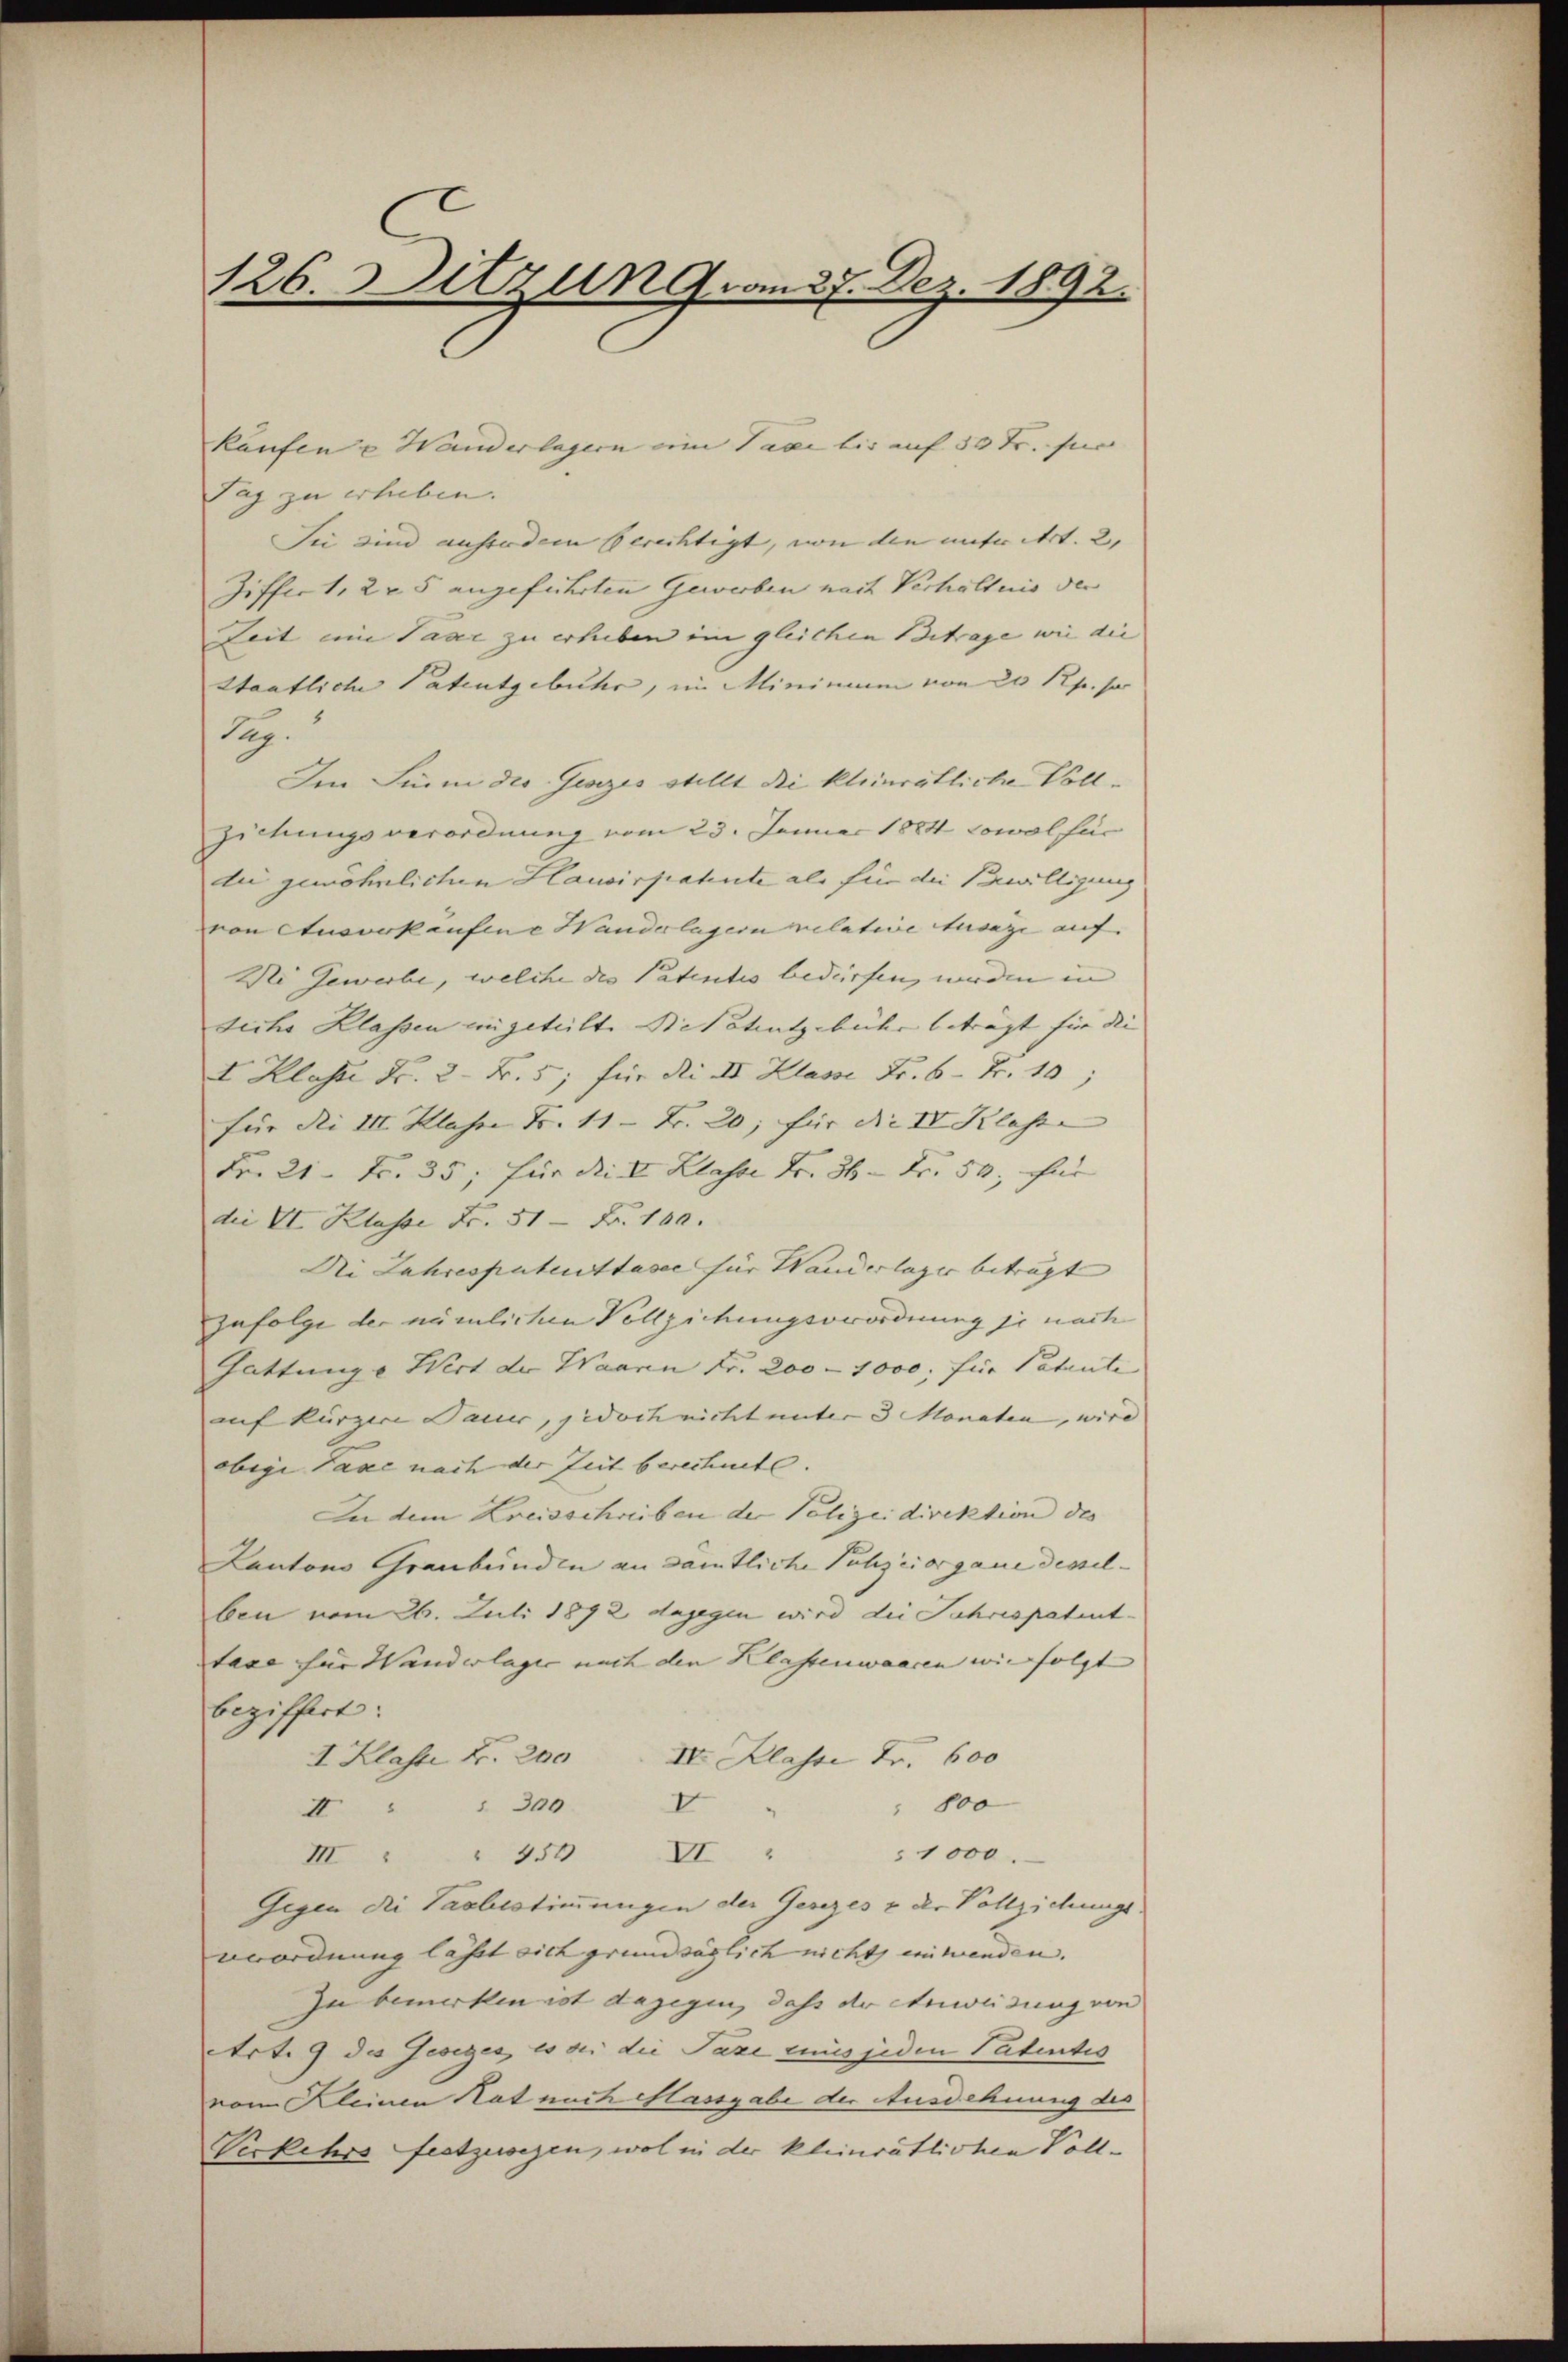
126. Ditzen 9. am 27. Dez. 1892.

kaufen u Wanderlagern ein Taxe bis auf 50 Fr. für
Tag zu erheben.
Sie sind auszudem berechtigt, von den unter Art. 2,
Ziffer 1, 2 u. 5 angeführten Gewerben nach Verhältnis der
Zeit eine Taxe zu erheben im gleichen Betrage wie die
Staatliche Patentgebühr, im Minimum von 20 Rp. so
Sep.
Im Sinne die Gesezes stellt die kleinrätliche Voll¬
Ziehungsverordnung vom 23. Januar 1884 sowol für
dii gewöhnlichen Hausirpahnte als für die Bewilligung
von Ausverkaufene Handerlagern relative Ausage auf. |
Wi Gewerbe, welche die Patentis bedürfen, werden in |
Siche Klassen eingeteilte Stitatentgebühr beträgt für die |
I. Klasse Fr. 2. Fr. 5; für di II Klasse Fr. 6 Fr. 10,
für die III. Klasse Fr. 11 - Fr. 20, für die IV Klasse |
Fr. 21. Fr. 35; für die I Klasse Fr. 36 Fr. 50, für
die VI. Klasse Fr. 51 - Fr. 100.
Di Jahrespatenttasie für Wanderlager beträgt |
Zufolge der nämlichen Vollziehungsverordnung je nach
Gattunge Wirst der Waaren Fr. 200 - 1000, für Patente
auf kürzere Sauer, jedoch nicht unter 3 Monaten, wird
obige Taxe nach der Zeit berechnete. |
In dem Kreisschreiben der Polizeidirektion des
Lantons Graubünden an damtliche Puchzeiorgane desselben vom 26. Juli 1872 dagegen wird die Jahrespatent-
taxe für Wanderlager nach den Klassenwaacen wie folgt |
beziffert:
I. Klasse Fr. 200. IV. Klasse Fr. 600
I
 800
II " " 300
1000.
III. " " 456 XI
Gegen die Taubestimmungen der Gesezes & der Vollziehungs
erordnung lässt sich grundsäglich nicht, einwenden.
Zu bemerken ist dagegen, dass der Anweisung von
Art. 9 die Gesezes, es bei die Paze eines jeden Patentes
vom Kleinen Rat nach Massgabe der Ausdehnung des
Verkehrs festzewegen, wol in der kleinrätlichen Voll¬